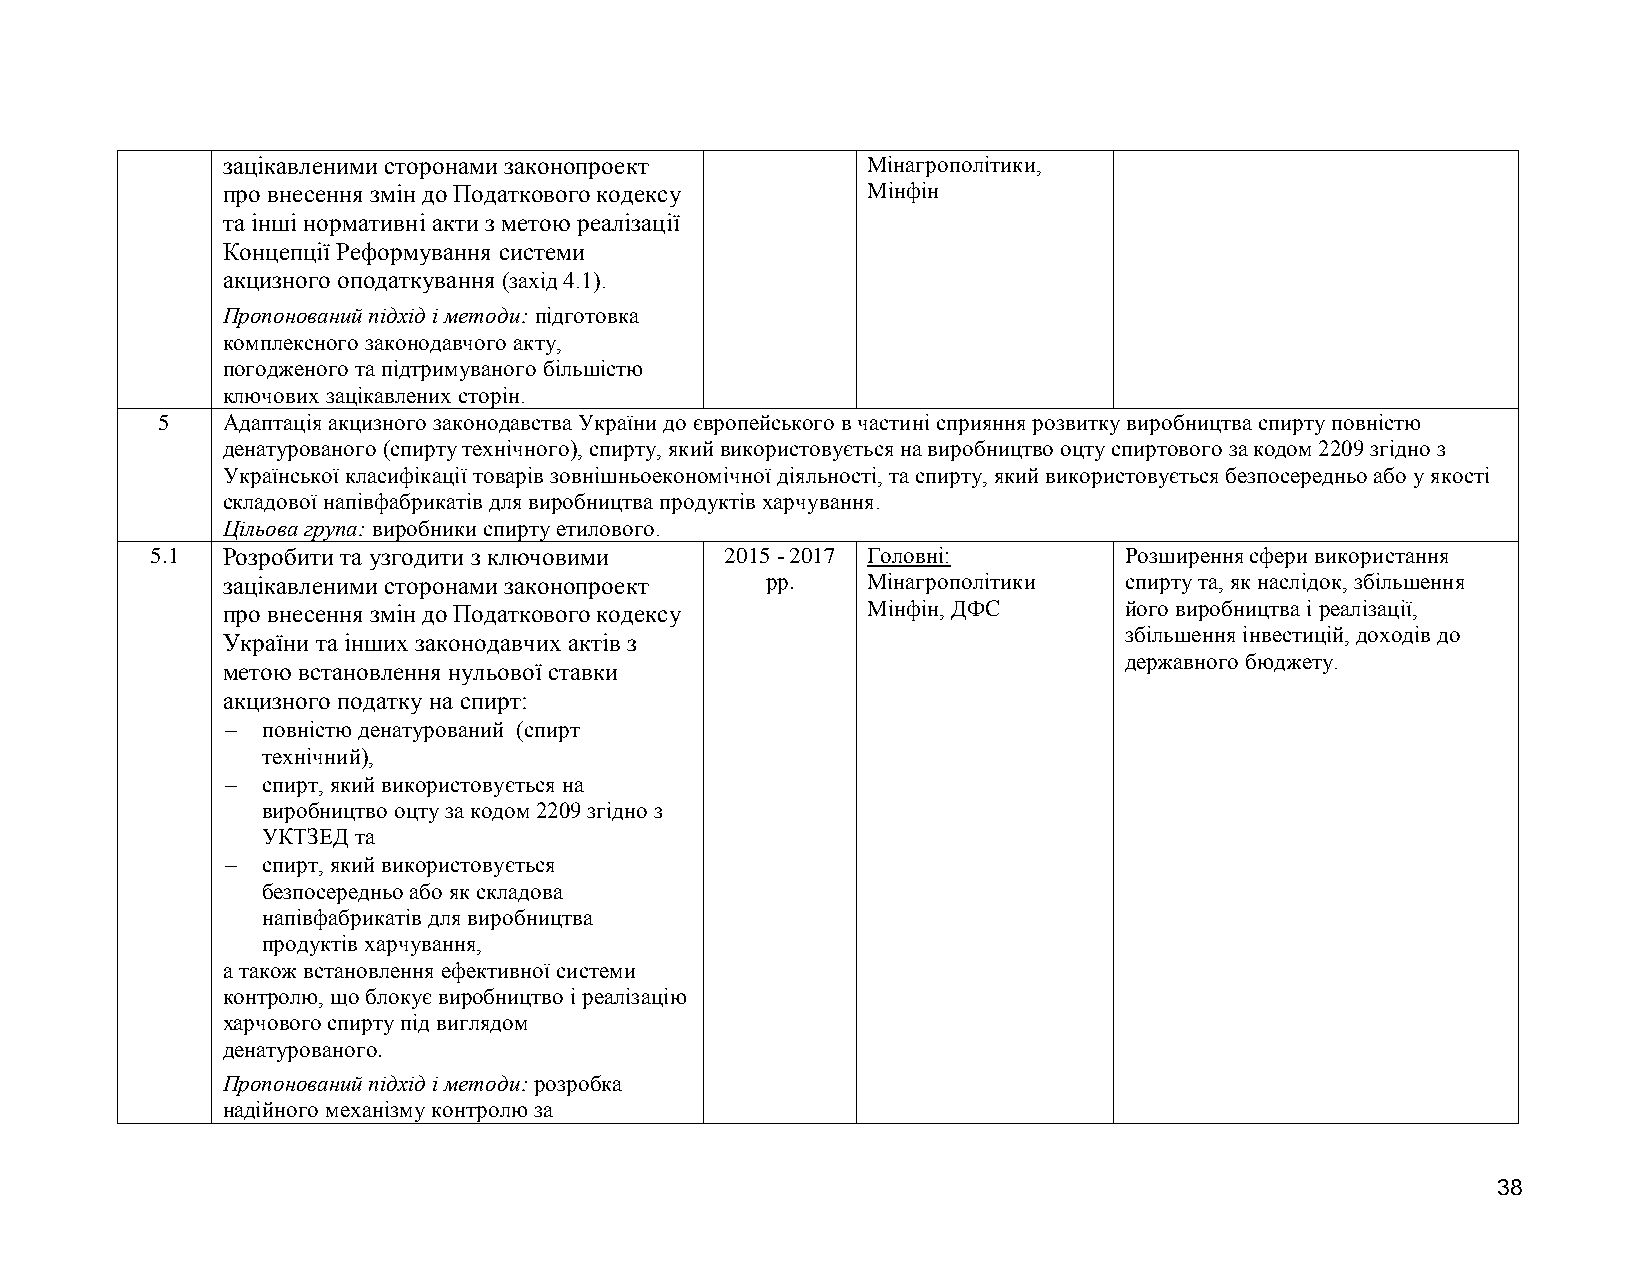
зацікавленими сторонами законопроект      Мінагрополітики,
 про внесення змін до Податкового кодексу  Мінфін
 та інші нормативні акти з метою реалізації
 Концепції Реформування системи
 акцизного оподаткування (захід 4.1).
 Пропонований підхід і методи: підготовка
 комплексного законодавчого акту,
 погодженого та підтримуваного більшістю
 ключових зацікавлених сторін.
 5    Адаптація акцизного законодавства України до європейського в частині сприяння розвитку виробництва спирту повністю
 денатурованого (спирту технічного), спирту, який використовується на виробництво оцту спиртового за кодом 2209 згідно з
 Української класифікації товарів зовнішньоекономічної діяльності, та спирту, який використовується безпосередньо або у якості
 складової напівфабрикатів для виробництва продуктів харчування.
 Цільова група: виробники спирту етилового.
 5.1  Розробити та узгодити з ключовими 2015 - 2017 Головні:     Розширення сфери використання
 зацікавленими сторонами законопроект рр.  Мінагрополітики  спирту та, як наслідок, збільшення
 про внесення змін до Податкового кодексу  Мінфін, ДФС      його виробництва і реалізації,
 збільшення інвестицій, доходів до
 України та інших законодавчих актів з
 державного бюджету.
 метою встановлення нульової ставки
 акцизного податку на спирт:
  повністю денатурований (спирт
 технічний),
  спирт, який використовується на
 виробництво оцту за кодом 2209 згідно з
 УКТЗЕД та
  спирт, який використовується
 безпосередньо або як складова
 напівфабрикатів для виробництва
 продуктів харчування,
 а також встановлення ефективної системи
 контролю, що блокує виробництво і реалізацію
 харчового спирту під виглядом
 денатурованого.
 Пропонований підхід і методи: розробка
 надійного механізму контролю за
 38